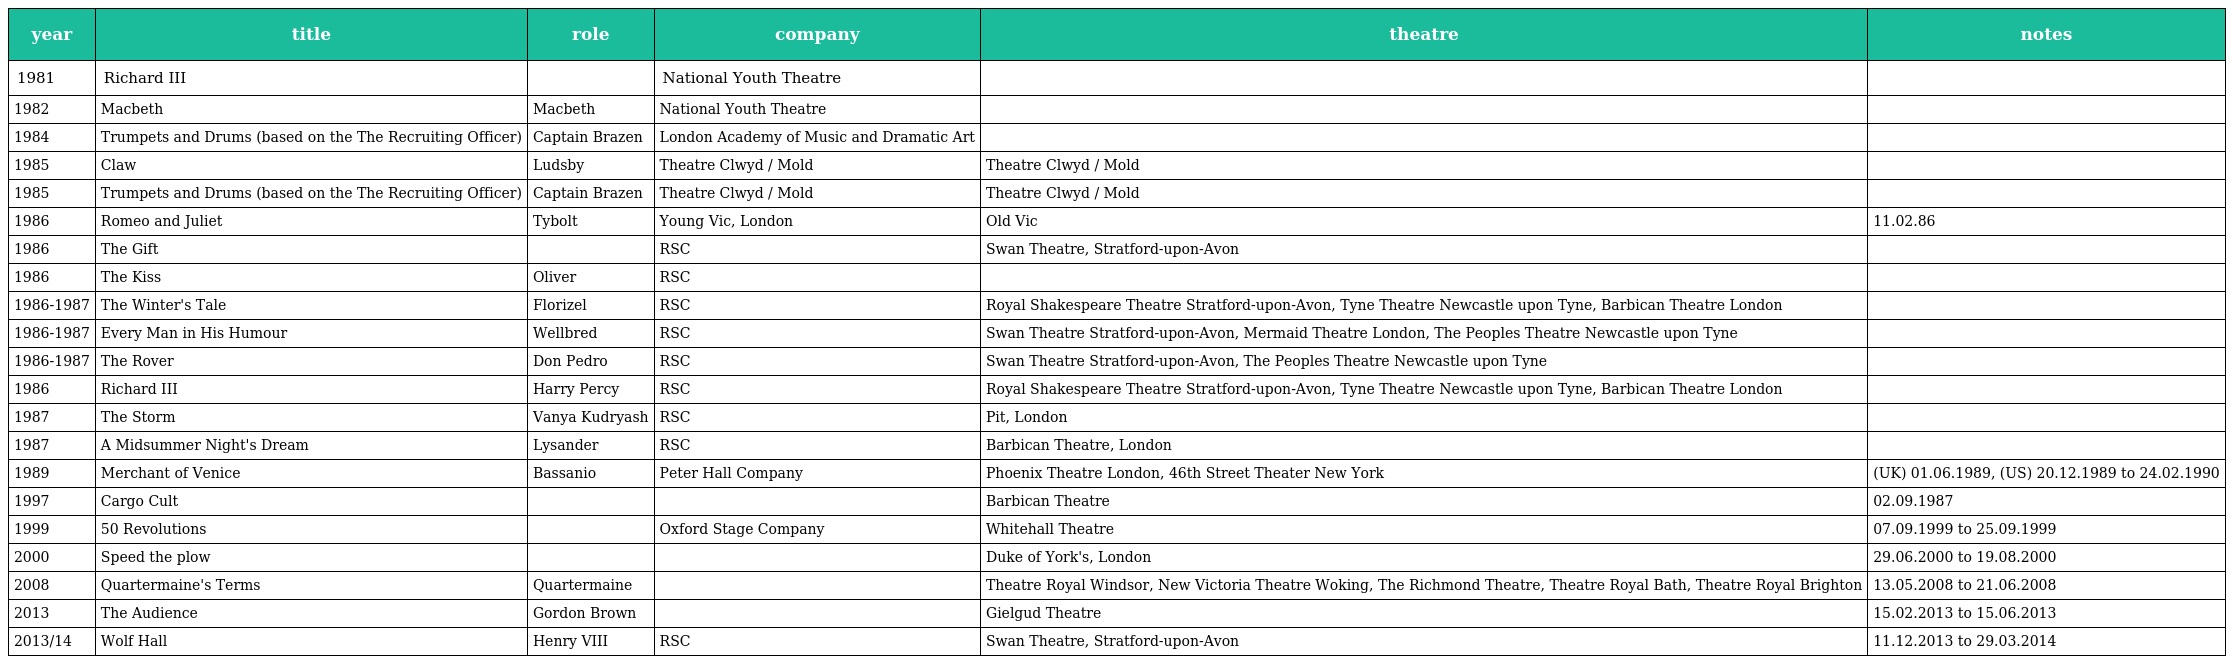
| year | title | role | company | theatre | notes |
 | --- | --- | --- | --- | --- | --- |
 | 1981 | Richard III |  | National Youth Theatre |  |  |
 | 1982 | Macbeth | Macbeth | National Youth Theatre |  |  |
 | 1984 | Trumpets and Drums (based on the The Recruiting Officer) | Captain Brazen | London Academy of Music and Dramatic Art |  |  |
 | 1985 | Claw | Ludsby | Theatre Clwyd / Mold | Theatre Clwyd / Mold |  |
 | 1985 | Trumpets and Drums (based on the The Recruiting Officer) | Captain Brazen | Theatre Clwyd / Mold | Theatre Clwyd / Mold |  |
 | 1986 | Romeo and Juliet | Tybolt | Young Vic, London | Old Vic | 11.02.86 |
 | 1986 | The Gift |  | RSC | Swan Theatre, Stratford-upon-Avon |  |
 | 1986 | The Kiss | Oliver | RSC |  |  |
 | 1986-1987 | The Winter's Tale | Florizel | RSC | Royal Shakespeare Theatre Stratford-upon-Avon, Tyne Theatre Newcastle upon Tyne, Barbican Theatre London |  |
 | 1986-1987 | Every Man in His Humour | Wellbred | RSC | Swan Theatre Stratford-upon-Avon, Mermaid Theatre London, The Peoples Theatre Newcastle upon Tyne |  |
 | 1986-1987 | The Rover | Don Pedro | RSC | Swan Theatre Stratford-upon-Avon, The Peoples Theatre Newcastle upon Tyne |  |
 | 1986 | Richard III | Harry Percy | RSC | Royal Shakespeare Theatre Stratford-upon-Avon, Tyne Theatre Newcastle upon Tyne, Barbican Theatre London |  |
 | 1987 | The Storm | Vanya Kudryash | RSC | Pit, London |  |
 | 1987 | A Midsummer Night's Dream | Lysander | RSC | Barbican Theatre, London |  |
 | 1989 | Merchant of Venice | Bassanio | Peter Hall Company | Phoenix Theatre London, 46th Street Theater New York | (UK) 01.06.1989, (US) 20.12.1989 to 24.02.1990 |
 | 1997 | Cargo Cult |  |  | Barbican Theatre | 02.09.1987 |
 | 1999 | 50 Revolutions |  | Oxford Stage Company | Whitehall Theatre | 07.09.1999 to 25.09.1999 |
 | 2000 | Speed the plow |  |  | Duke of York's, London | 29.06.2000 to 19.08.2000 |
 | 2008 | Quartermaine's Terms | Quartermaine |  | Theatre Royal Windsor, New Victoria Theatre Woking, The Richmond Theatre, Theatre Royal Bath, Theatre Royal Brighton | 13.05.2008 to 21.06.2008 |
 | 2013 | The Audience | Gordon Brown |  | Gielgud Theatre | 15.02.2013 to 15.06.2013 |
 | 2013/14 | Wolf Hall | Henry VIII | RSC | Swan Theatre, Stratford-upon-Avon | 11.12.2013 to 29.03.2014 |